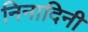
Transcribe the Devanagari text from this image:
निनादिनी